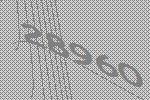
28960